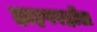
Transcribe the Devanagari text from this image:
हाइपरहॉल